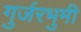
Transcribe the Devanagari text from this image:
गुर्जरभुमी